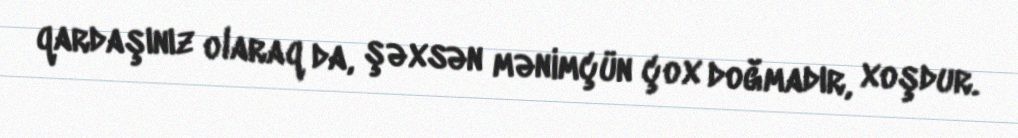
qardaşınız olaraq da, şəxsən mənimçün çox doğmadır, xoşdur.